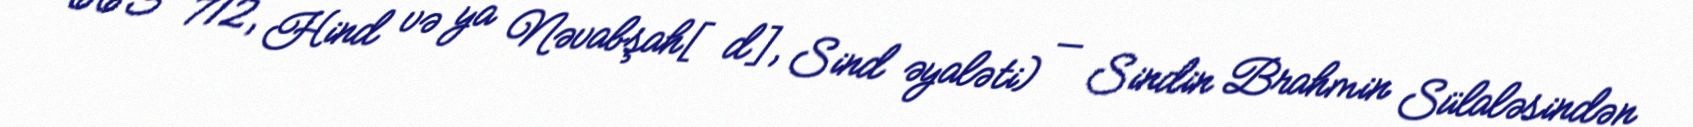
663 – 712, Hind və ya Nəvabşah[d], Sind əyaləti) — Sindin Brahmin Sülaləsindən